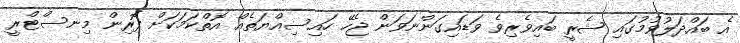
އެ ބައްދަލުވުމުގައި ޝެރީ ބައިވެރިވެ ވަޑައިގަންނަވަން ޖެހޭ ހައިސިއްޔަތެއް އޮތްކަމަކަށް ފޮރިން މިނސްޓްރީ